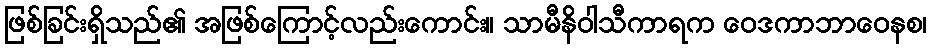
ဖြစ်ခြင်းရှိသည်၏ အဖြစ်ကြောင့်လည်းကောင်း။ သာမီနိဝါသီကာရက ဝေဒကာဘာဝေနစ၊